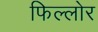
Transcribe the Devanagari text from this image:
फिल्लोर